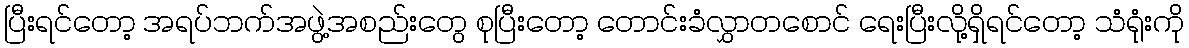
ပြီးရင်တော့ အရပ်ဘက်အဖွဲ့အစည်းတွေ စုပြီးတော့ တောင်းခံလွှာတစောင် ရေးပြီးလို့ရှိရင်တော့ သံရုံးကို